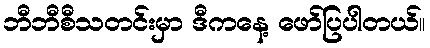
ဘီဘီစီသတင်းမှာ ဒီကနေ့ ဖော်ပြပါတယ်။